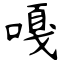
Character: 嘎